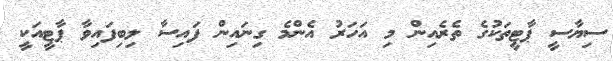
ސިޔާސީ ޕާޓީތަކުގެ ތެރެއިން މި އަހަރު އެންމެ ގިނައިން ފައިސާ ލިބިފައިވާ ޕާޓީއަކީ